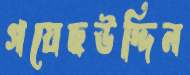
গয়েছউদ্দিন